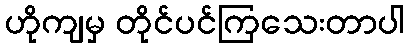
ဟိုကျမှ တိုင်ပင်ကြသေးတာပါ